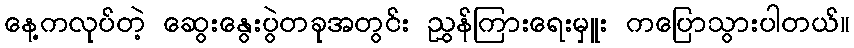
နေ့ကလုပ်တဲ့ ဆွေးနွေးပွဲတခုအတွင်း ညွှန်ကြားရေးမှူး ကပြောသွားပါတယ်။